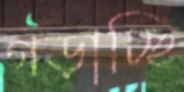
গড়াচ্ছি